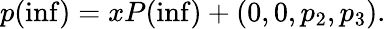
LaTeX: p(\operatorname*{inf})=xP(\operatorname*{inf})+(0,0,p_{2},p_{3}).